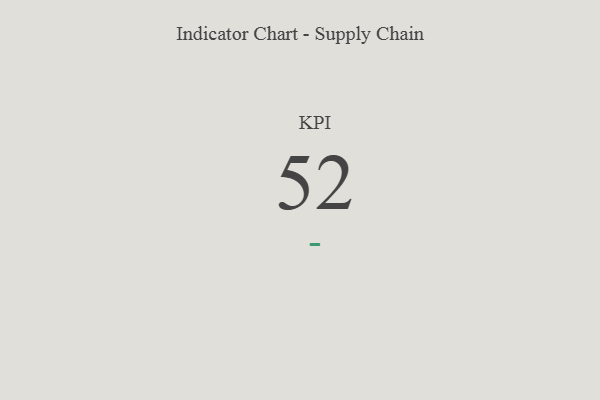
{"axis": {"x": "KPI", "y": "Value"}, "legend": [""], "data": [{"x": "KPI", "y": 52, "type": ""}]}